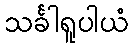
သင်္ခါရူပါယံ